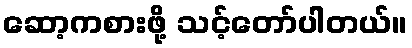
ဆော့ကစားဖို့ သင့်တော်ပါတယ်။